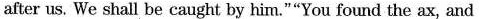
after us. We shall be caught by him.""You found the ax, and